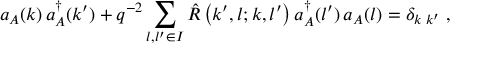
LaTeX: a _ { A } ( k ) \, a _ { A } ^ { \dagger } ( k ^ { \prime } ) + q ^ { - 2 } \sum _ { l , l ^ { \prime } \in { \cal I } } { \hat { \cal R } } \left( k ^ { \prime } , l ; k , l ^ { \prime } \right) a _ { A } ^ { \dagger } ( l ^ { \prime } ) \, a _ { A } ( l ) = \delta _ { k \; k ^ { \prime } } \; ,